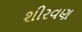
શીરવણ